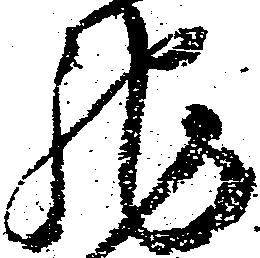
馳